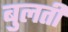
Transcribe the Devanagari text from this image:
बुलती